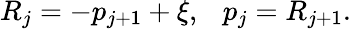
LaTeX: R_{j}=-p_{j+1}+\xi,~~~p_{j}=R_{j+1}.